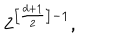
2 ^ { \left[ \frac { d + 1 } { 2 } \right] - 1 } ,